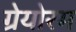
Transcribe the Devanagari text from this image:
ग्रेयोरम